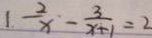
1 . \frac { 2 } { x } \cdot - \frac { 3 } { x + 1 } = 2